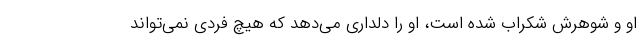
او و شوهرش شکراب شده است، او را دلداری می‌دهد که هیچ فردی نمی‌تواند